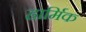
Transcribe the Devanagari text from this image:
हार्मिक